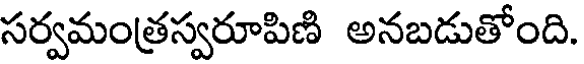
సర్వమంత్రస్వరూపిణి అనబడుతోంది.